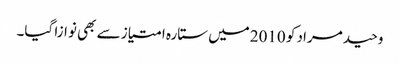
وحید مراد کو 2010میں ستارہ امتیاز سے بھی نوازا گیا۔